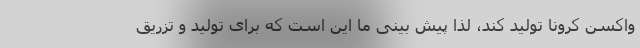
واکسن کرونا تولید کند، لذا پیش بینی ما این است که برای تولید و تزریق